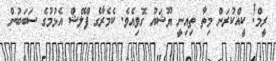
ރީމް! ކީއްކުރަން މިތާ ތިއިނީ ޔޫޝައު ގޮވިއެވެ. ކެމެރާގެ ފްލޭޝް އެޅުމުގެ ސަބަބުން